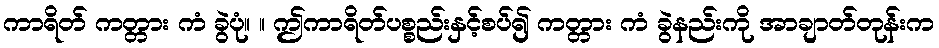
ကာရိတ် ကတ္တား ကံ ခွဲပုံ။ ။ ဤကာရိတ်ပစ္စည်းနှင့်စပ်၍ ကတ္တား ကံ ခွဲနည်းကို အာချာတ်တုန်းက